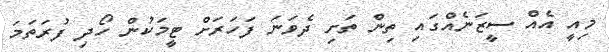
މިއީ އެއް ސީޒަނެއްގައި ތިން ތަށި ދެވަނަ ފަހަރަށް ޓީމަކުން ހޯދި ފުރަތަމަ